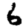
Digit: 6